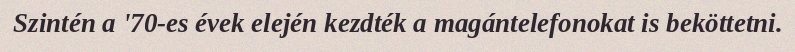
Szintén a '70-es évek elején kezdték a magántelefonokat is beköttetni.